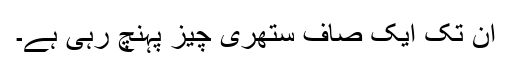
ان تک ایک صاف ستھری چیز پہنچ رہی ہے۔